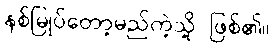
နစ်မြုပ်တော့မည်ကဲ့သို့ ဖြစ်၏။